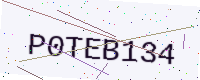
Text: P0TEB134